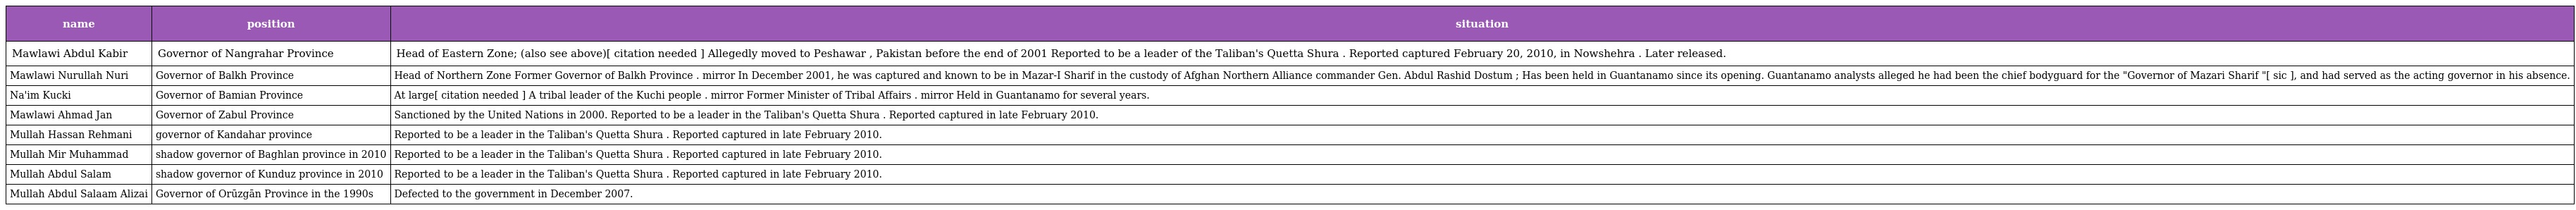
| name | position | situation |
 | --- | --- | --- |
 | Mawlawi Abdul Kabir | Governor of Nangrahar Province | Head of Eastern Zone; (also see above)[ citation needed ] Allegedly moved to Peshawar , Pakistan before the end of 2001 Reported to be a leader of the Taliban's Quetta Shura . Reported captured February 20, 2010, in Nowshehra . Later released. |
 | Mawlawi Nurullah Nuri | Governor of Balkh Province | Head of Northern Zone Former Governor of Balkh Province . mirror In December 2001, he was captured and known to be in Mazar-I Sharif in the custody of Afghan Northern Alliance commander Gen. Abdul Rashid Dostum ; Has been held in Guantanamo since its opening. Guantanamo analysts alleged he had been the chief bodyguard for the "Governor of Mazari Sharif "[ sic ], and had served as the acting governor in his absence. |
 | Na'im Kucki | Governor of Bamian Province | At large[ citation needed ] A tribal leader of the Kuchi people . mirror Former Minister of Tribal Affairs . mirror Held in Guantanamo for several years. |
 | Mawlawi Ahmad Jan | Governor of Zabul Province | Sanctioned by the United Nations in 2000. Reported to be a leader in the Taliban's Quetta Shura . Reported captured in late February 2010. |
 | Mullah Hassan Rehmani | governor of Kandahar province | Reported to be a leader in the Taliban's Quetta Shura . Reported captured in late February 2010. |
 | Mullah Mir Muhammad | shadow governor of Baghlan province in 2010 | Reported to be a leader in the Taliban's Quetta Shura . Reported captured in late February 2010. |
 | Mullah Abdul Salam | shadow governor of Kunduz province in 2010 | Reported to be a leader in the Taliban's Quetta Shura . Reported captured in late February 2010. |
 | Mullah Abdul Salaam Alizai | Governor of Orūzgān Province in the 1990s | Defected to the government in December 2007. |